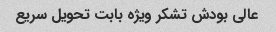
عالی بودش تشکر ویژه بابت تحویل سریع